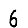
Digit: 6